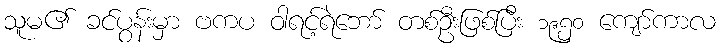
သူမ၏ ခင်ပွန်းမှာ ဗကပ ဝါရင့်ရဲဘော် တစ်ဦးဖြစ်ပြီး ၁၉၅၀ ကျော်ကာလ